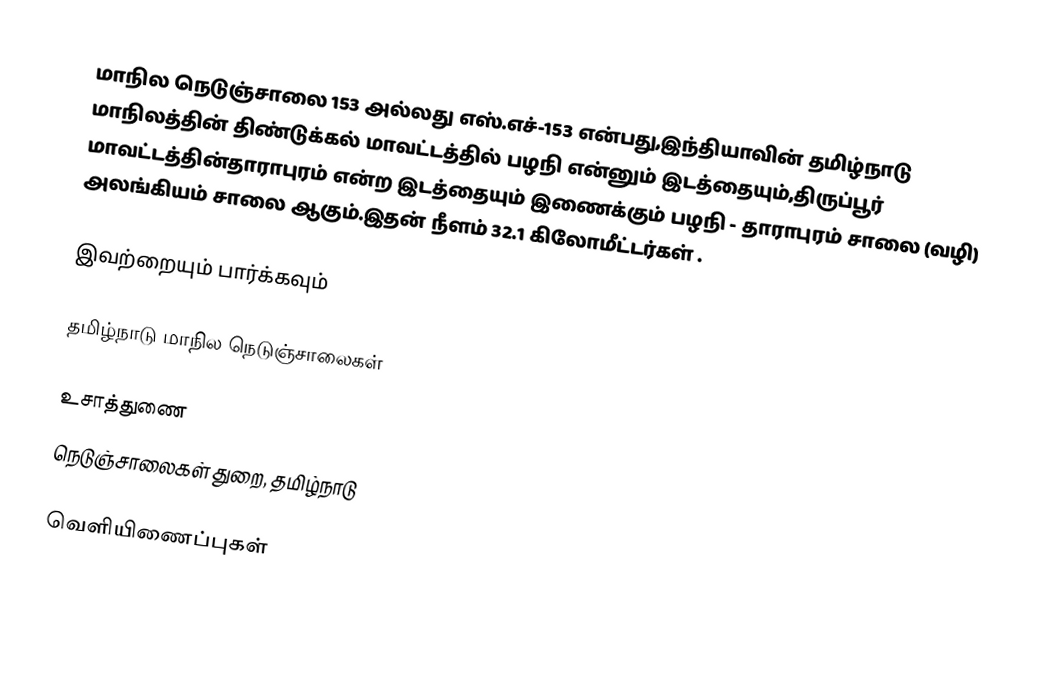
மாநில நெடுஞ்சாலை 153 அல்லது எஸ்.எச்-153  என்பது,இந்தியாவின் தமிழ்நாடு மாநிலத்தின்  திண்டுக்கல் மாவட்டத்தில்  பழநி  என்னும் இடத்தையும்,திருப்பூர் மாவட்டத்தின்தாராபுரம்  என்ற இடத்தையும் இணைக்கும் பழநி - தாராபுரம் சாலை (வழி) அலங்கியம் சாலை ஆகும்.இதன் நீளம் 32.1  கிலோமீட்டர்கள் .

இவற்றையும் பார்க்கவும்

 தமிழ்நாடு மாநில நெடுஞ்சாலைகள்

உசாத்துணை
 நெடுஞ்சாலைகள் துறை, தமிழ்நாடு

வெளியிணைப்புகள்